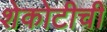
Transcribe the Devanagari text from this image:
शेकोटीची